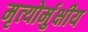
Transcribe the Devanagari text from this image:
मृत्‍योर्मुक्षीय